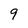
Character: 9